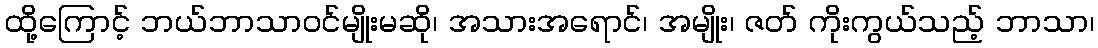
ထို့ကြောင့် ဘယ်ဘာသာဝင်မျိုးမဆို၊ အသားအရောင်၊ အမျိုး၊ ဇတ် ကိုးကွယ်သည့် ဘာသာ၊